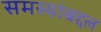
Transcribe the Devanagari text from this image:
समस्यांबद्दल